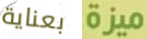
بعناية ميزة